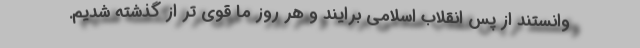
وانستند از پس انقلاب اسلامی برایند و هر روز ما قوی تر از گذشته شدیم.